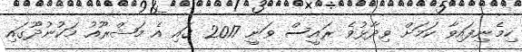
ހިމެނިފައިވާ ކަމަށް ވިދާޅުވެ ރައީސް ވަނީ 2017 ގައި އެ މަޝްރޫއު މަކުނުދޫގައި